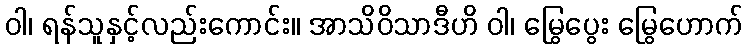
ဝါ၊ ရန်သူနှင့်လည်းကောင်း။ အာသိဝိသာဒီဟိ ဝါ၊ မြွေပွေး မြွေဟောက်